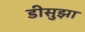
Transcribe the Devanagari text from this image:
डीसुझा